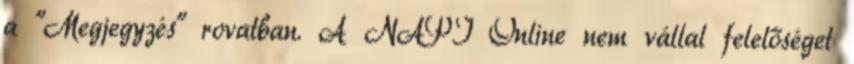
a "Megjegyzés" rovatban. A NAPI Online nem vállal felelőséget